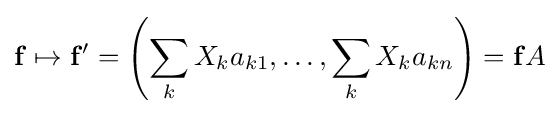
\mathbf {f} \mapsto \mathbf {f} '=\left(\sum _{k}X_{k}a_{k1},\dots ,\sum _{k}X_{k}a_{kn}\right)=\mathbf {f} A